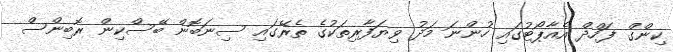
ކިންގް ފަހްދް އެއާޕޯޓުގައި ހުންނަ މަދު ވިޔަފާރިތަކުގެ ތެރޭގައި ސިނަބޮން ބޭސްކިން ރޮބިންސް